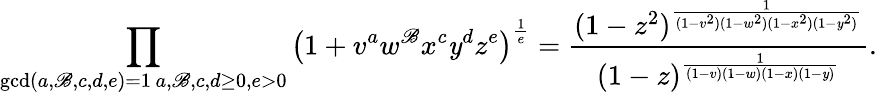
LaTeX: \prod_{\substack{\operatorname*{gcd}(a,\mathscr{B},c,d,e)=1\, a,\mathscr{B},c,d\geq0,e>0}}\left(1+v^{a}w^{\mathscr{B}}x^{c}\mathit{y}^{d}z^{e}\right)^{\frac{{1}}{{e}}}=\frac{{(1-z^{2})^{\frac{{1}}{{(1-v^{2})(1-w^{2})(1-x^{2})(1-\mathit{y}^{2})}}}}}{{(1-z)^{\frac{{1}}{{(1-v)(1-w)(1-x)(1-\mathit{y})}}}}}.